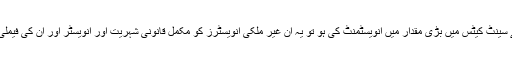
شہریت بذریعہ انوسٹمنٹ پروگرام جہاں متعلقہ انویسٹر نے سینٹ کیٹس میں بڑی مقدار میں انویسٹمنٹ کی ہو تو یہ ان غیر ملکی انویسٹرز کو مکمل قانونی شہریت اور انویسٹر اور ان کی فیملی کے لیے پاسپورٹس کے حصول کے لیے مجاز کرتا ہے۔